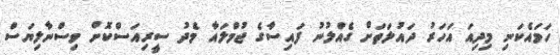
ހަމައެކަނި މިދިއަ އަހަރު ދައުލަތަށް ގެއްލުނު ފައިސާގެ ޖުމްލައާ މެދު ސީރިއަސްކޮށް ވިސްނާލިޔަސް